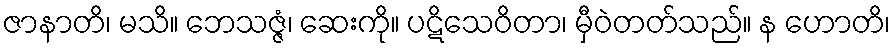
ဇာနာတိ၊ မသိ။ ဘေသဇ္ဇံ၊ ဆေးကို။ ပဋိသေဝိတာ၊ မှီဝဲတတ်သည်။ န ဟောတိ၊